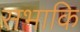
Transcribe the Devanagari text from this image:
सभाकि